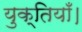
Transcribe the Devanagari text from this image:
युक्तियाँ।